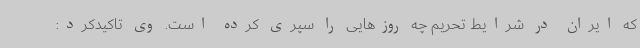
که ایران در شرایط تحریم چه روزهایی را سپری کرده است. وی تاکیدکرد: